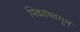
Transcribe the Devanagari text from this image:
पिढ्यांमागून